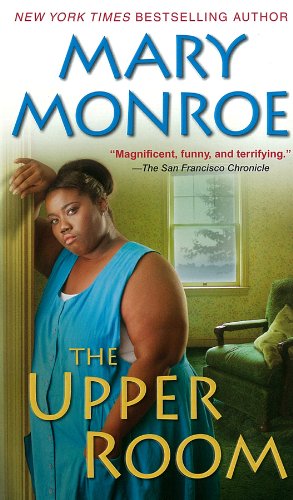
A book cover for The Upper Room (A Mama Ruby Novel); Mary Monroe; Literature & Fiction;